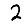
Digit: 2